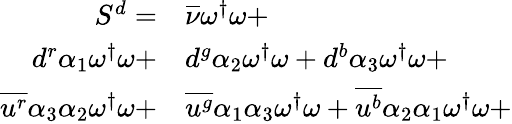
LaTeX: \begin{array}{rl}{S^{d}=}&{{}{\overline{{\nu}}}\omega^{\dagger}\omega+}\\ {{d}^{r}{\alpha_{1}}\omega^{\dagger}\omega+}&{{}{d}^{g}{\alpha_{2}}\omega^{\dagger}\omega+{d}^{b}{\alpha_{3}}\omega^{\dagger}\omega+}\\ {\overline{{u^{r}}}{\alpha_{3}}{\alpha_{2}}\omega^{\dagger}\omega+}&{{}\overline{{u^{g}}}{\alpha_{1}}{\alpha_{3}}\omega^{\dagger}\omega+\overline{{u^{b}}}{\alpha_{2}}{\alpha_{1}}\omega^{\dagger}\omega+}\end{array}